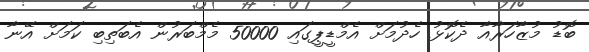
ބޮޑު މުޒާހަރާއާ ދެކޮޅު ހެދުމަށް އެމްޑީޕީގައި 50000 މެމްބަރުން އެބަތިބި ކަމަށް އޭނާ